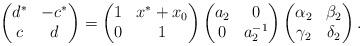
LaTeX: \begin{gather*}\left(\begin{matrix}d^*&-c^*\\c&d\end{matrix}\right)=\left(\begin{matrix}1&x^*+x_0\\0&1\end{matrix}\right)\left(\begin{matrix}a_2&0\\0&a_2^{-1}\end{matrix}\right)\left(\begin{matrix}\alpha_2&\beta_2\\\gamma_2&\delta_2\end{matrix}\right).\end{gather*}